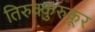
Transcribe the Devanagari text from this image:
तिरुक्कुरुकूर